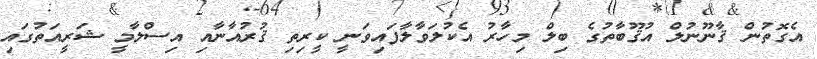
އެގޮތުން ޤާނޫނުލް އުޤޫބާތުގެ ބިލް މިހާރު އެކުލަވާލާފައިވަނީ ކީރިތި ޤުރުއާނާއި އިސްލާމީ ޝަރީއަތުގައި